Report on the Nagpur School of Medicine, Central Provinces
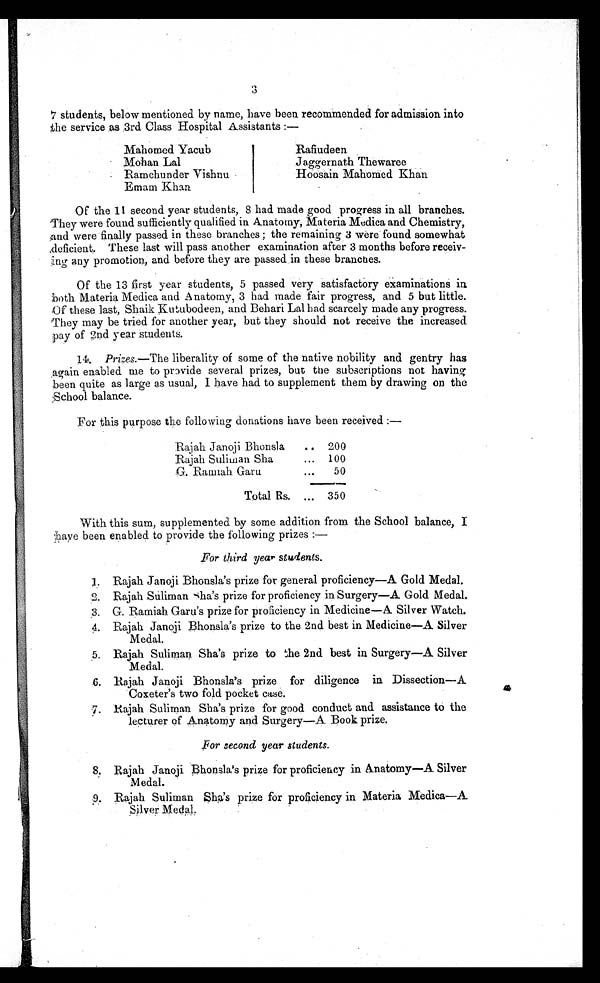
3
7 students, below mentioned by name, have been recommended for admission into
the service as 3rd Class Hospital Assistants :—
Mahomed Yacub
Rafiudeen
Mohan Lal
Jaggernath Thewaree
Ramchunder Vishnu
Hoosain Mahomed Khan
Emam Khan
Of the 11 second year students, 8 had made good progress in all branches.
'They were found sufficiently qualified in Anatomy, Materia Medica and Chemistry,
and were finally passed in these branches ; the remaining 3 were found somewhat
deficient. These last will pass another examination after 3 months before recei
v - i n g a n y p r o m o t i o n , a n d b e f o r e t h e y a r e p a s s e d i n t h e s e b r a n c h e s .
Of the 13 first year students, 5 passed very satisfactory examinations in
both Materia Medica and Anatomy, 3 had made fair progress, and 5 but little.
Of these last, Shaik Kutubodeen, and Behari Lal had scarcely made any progress.
They may be tried for another year, but they should not receive the increased
pay of 2nd year students.
14. Prizes.—The liberality of some of the native nobility and gentry has
again enabled me to provide several prizes, but the subscriptions not having
been quite as large as usual, I have had to supplement them by drawing on the
School balance.
For this purpose the following donations have been received :—
Rajah Janoji Bhonsla
.. 200
Rajah Suliman Sha
... 100
G. Ramiah Garu
...
50
Total Rs. ... 350
With this sum, supplemented by some addition from the School balance, I
have been enabled to provide the following prizes :—
For third year students .
1. Rajah Janoji Bhonsla's prize for general proficiency—A Gold Medal.
2. Rajah Suliman Sha's prize for proficiency in Surgery—A Gold Medal.
3. G. Ramiah Garu's prize for proficiency in Medicine—A Silver Watch.
4. Rajah Janoji Bhonsla's prize to the 2nd best in Medicine—A Silver
Medal.
5. Rajah Suliman Sha's prize to the 2nd best in Surgery—A Silver
Medal.
6. Rajah Janoji Bhonsla's prize for diligence in Dissection—A
Coxeter's two fold pocket case.
7. Rajah Suliman Sha's prize for good conduct and assistance to the
lecturer of Anatomy and Surgery—A Book prize.
F o r s e c o n d
y e a r
s t u d e n t s .
8. Rajah Janoji Bhonsla's prize for proficiency in Anatomy—A Silver
M edal.
9. Rajah Suliman Sha's prize for proficiency in Materia Medica—A
Silver Medal.